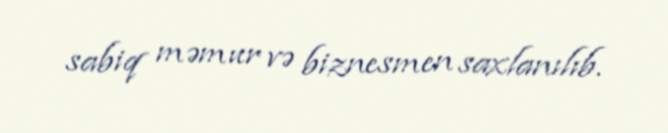
sabiq məmur və biznesmen saxlanılıb.